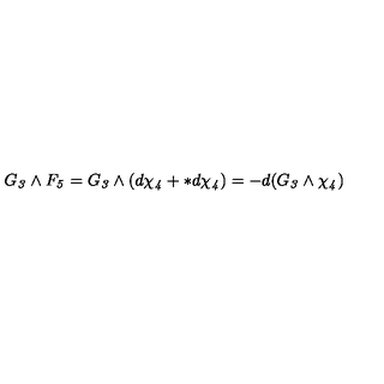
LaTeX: G _ { \it 3 } \wedge F _ { \it 5 } = G _ { \it 3 } \wedge ( d \chi _ { \it 4 } + * d \chi _ { \it 4 } ) = - d ( G _ { \it 3 } \wedge \chi _ { \it 4 } )